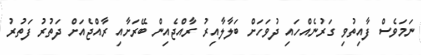
ނަމަވެސް ފާއިތުވި ގަރުނެއްހައި ދުވަހަށް ބަލާލާއިރު ރާއްޖެއިން ބޭރަށާއި ރާއްޖެއަށް ދަތުރު ފަތުރު